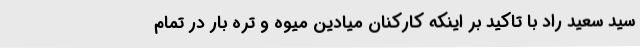
سید سعید راد با تاکید بر اینکه کارکنان میادین میوه و تره بار در تمام